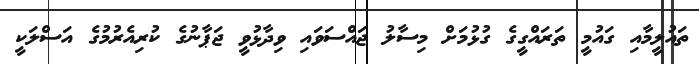
ތައުލީމާއި ގައުމީ ތަރައްގީގެ ގުޅުމަށް މިސާލު ޖައްސަވައި ވިދާޅުވީ ޖަޕާނުގެ ކުރިއެރުމުގެ އަސްލަކީ